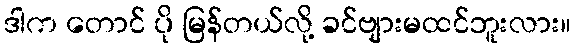
ဒါက တောင် ပို မြန်တယ်လို့ ခင်ဗျားမထင်ဘူးလား။